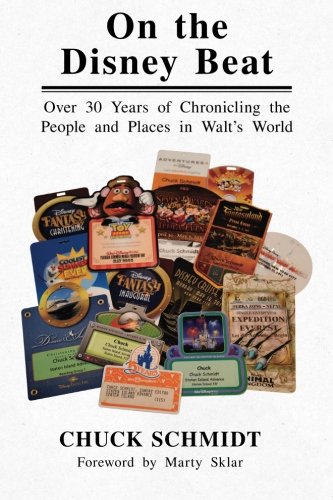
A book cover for On the Disney Beat: Over 30 Years of Chronicling the People and Places in Walt's World; Chuck Schmidt; Travel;